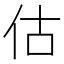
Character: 估